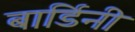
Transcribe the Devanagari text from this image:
बार्डिनी